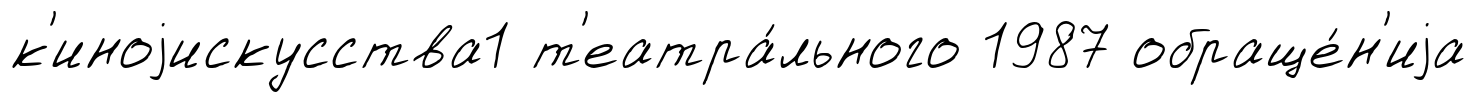
к'иноjискусства1 т'еатра́льного 1987 обраще́н'иjа